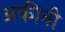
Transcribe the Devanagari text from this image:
अकीनी